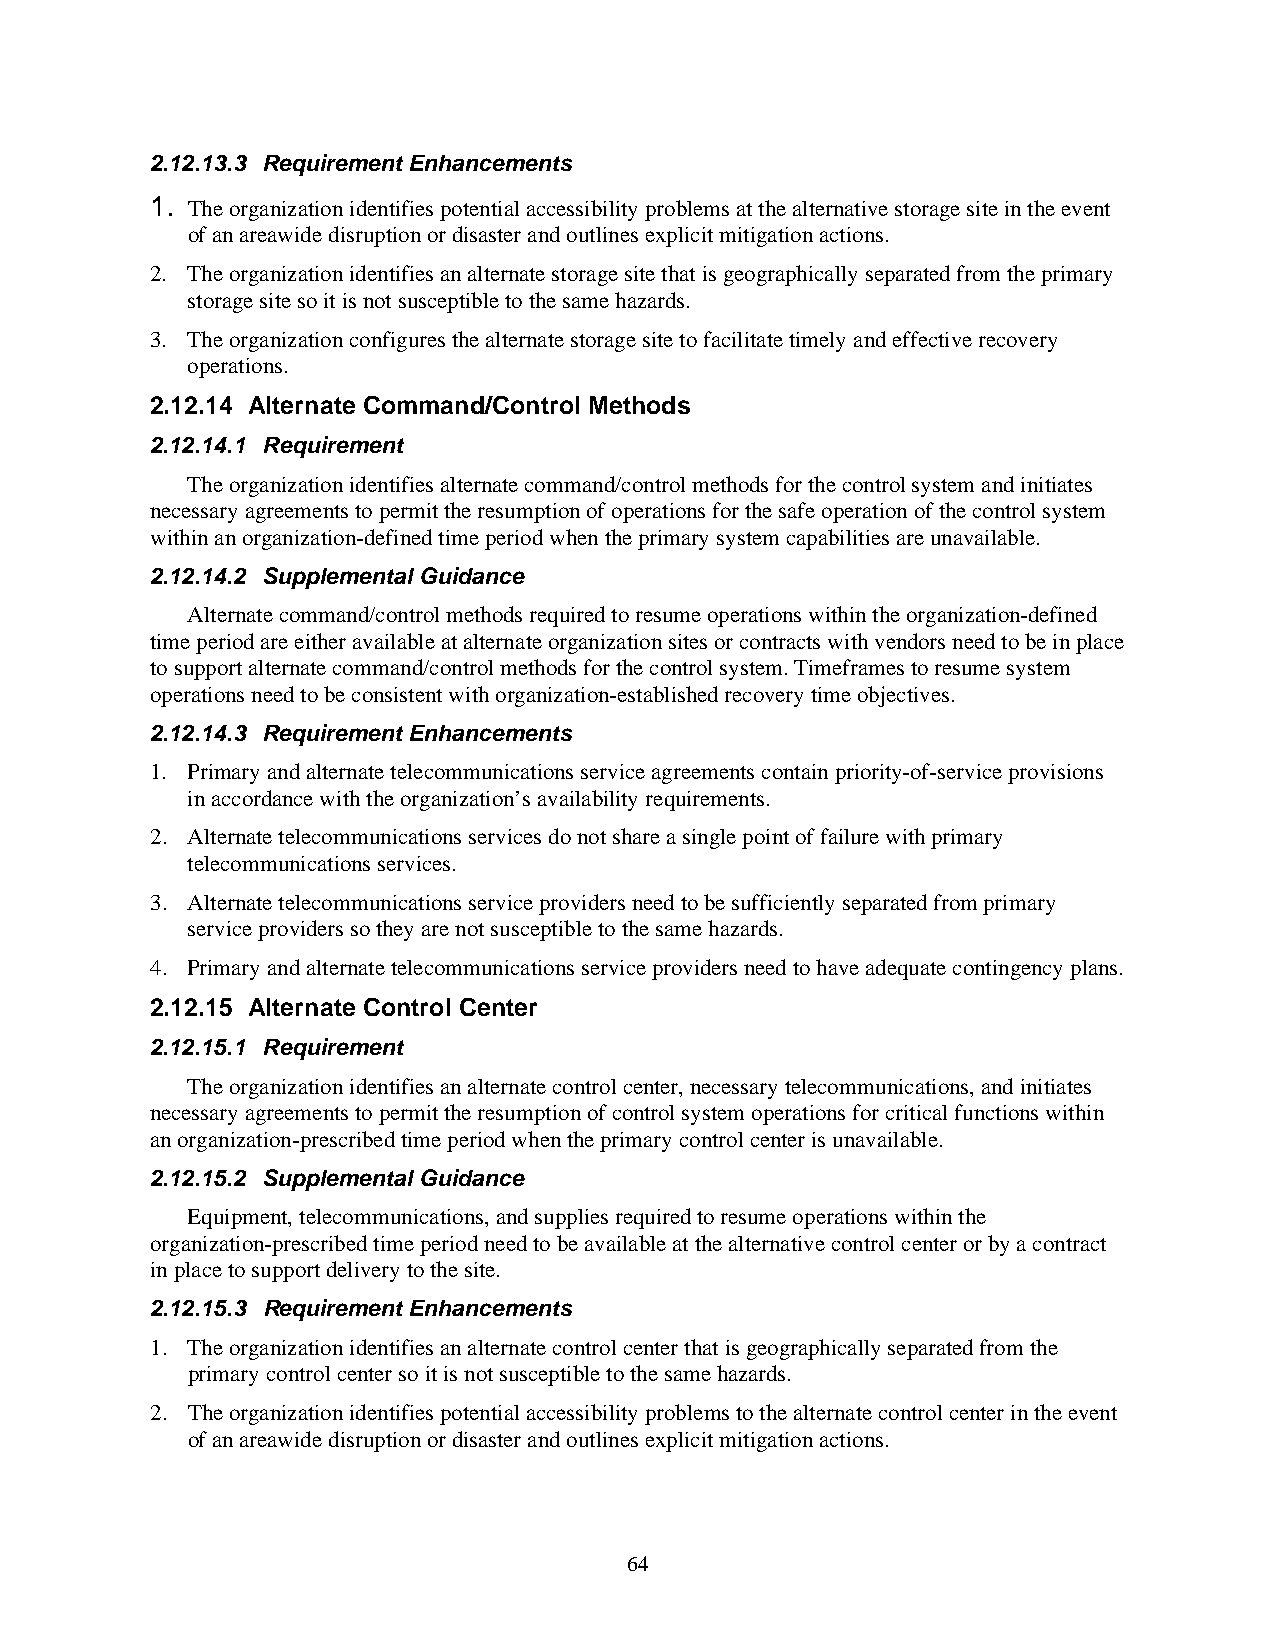
2.12.13.3 Requirement Enhancements
 1. The organization identifies potential accessibility problems at the alternative storage site in the event
 of an areawide disruption or disaster and outlines explicit mitigation actions.
 2. The organization identifies an alternate storage site that is geographically separated from the primary
 storage site so it is not susceptible to the same hazards.
 3. The organization configures the alternate storage site to facilitate timely and effective recovery
 operations.
 2.12.14 Alternate Command/Control Methods
 2.12.14.1 Requirement
 The organization identifies alternate command/control methods for the control system and initiates
 necessary agreements to permit the resumption of operations for the safe operation of the control system
 within an organization-defined time period when the primary system capabilities are unavailable.
 2.12.14.2 Supplemental Guidance
 Alternate command/control methods required to resume operations within the organization-defined
 time period are either available at alternate organization sites or contracts with vendors need to be in place
 to support alternate command/control methods for the control system. Timeframes to resume system
 operations need to be consistent with organization-established recovery time objectives.
 2.12.14.3 Requirement Enhancements
 1. Primary and alternate telecommunications service agreements contain priority-of-service provisions
 in accordance with the organization’s availability requirements.
 2. Alternate telecommunications services do not share a single point of failure with primary
 telecommunications services.
 3. Alternate telecommunications service providers need to be sufficiently separated from primary
 service providers so they are not susceptible to the same hazards.
 4. Primary and alternate telecommunications service providers need to have adequate contingency plans.
 2.12.15 Alternate Control Center
 2.12.15.1 Requirement
 The organization identifies an alternate control center, necessary telecommunications, and initiates
 necessary agreements to permit the resumption of control system operations for critical functions within
 an organization-prescribed time period when the primary control center is unavailable.
 2.12.15.2 Supplemental Guidance
 Equipment, telecommunications, and supplies required to resume operations within the
 organization-prescribed time period need to be available at the alternative control center or by a contract
 in place to support delivery to the site.
 2.12.15.3 Requirement Enhancements
 1. The organization identifies an alternate control center that is geographically separated from the
 primary control center so it is not susceptible to the same hazards.
 2. The organization identifies potential accessibility problems to the alternate control center in the event
 of an areawide disruption or disaster and outlines explicit mitigation actions.
 64